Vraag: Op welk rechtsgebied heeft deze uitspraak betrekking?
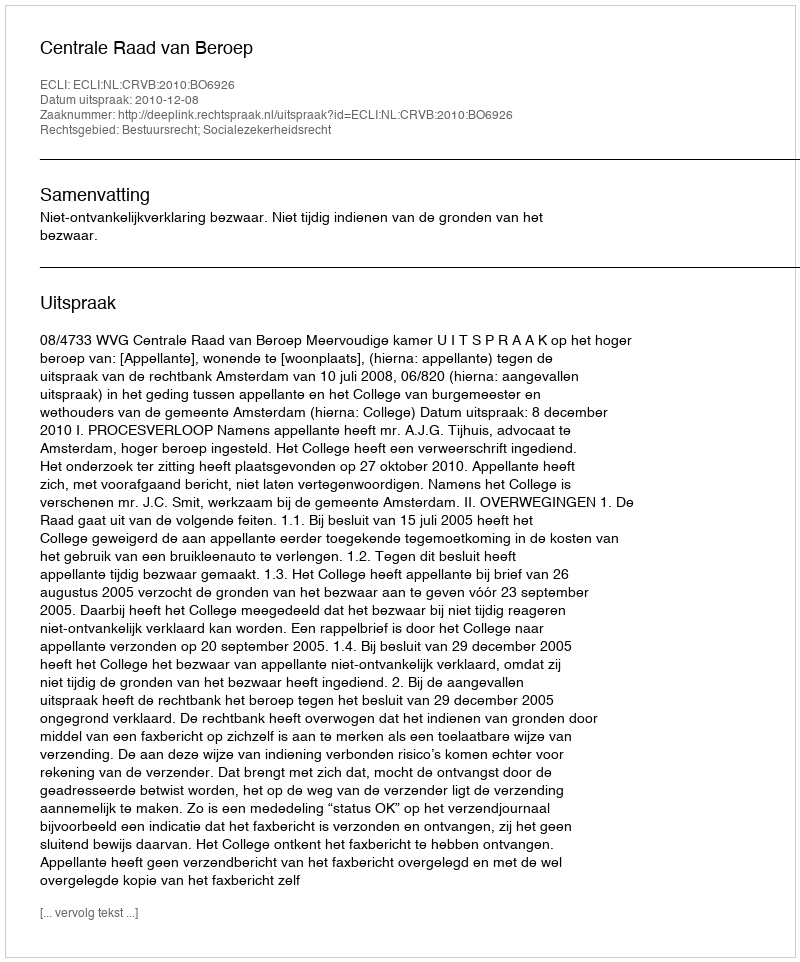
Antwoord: Bestuursrecht; Socialezekerheidsrecht